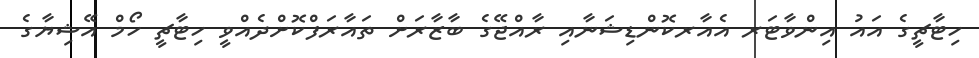
ހިޓާޗީގެ އައު އިންވާޓަރ އެއާރކޮންޑިޝަނާއި ރާއްޖޭގެ ބާޒާރަށް ތައާރަފްކޮށްދެއްވީ ހިޓާޗީ ހޯމް އޭޝިޔާގެ